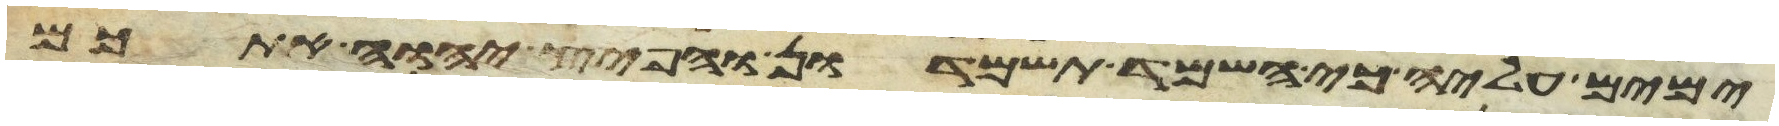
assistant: ימים עליה כי השמד תשמדון והפיץ יהוה אתכם